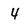
Character: 4